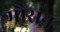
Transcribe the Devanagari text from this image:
मौसन